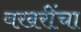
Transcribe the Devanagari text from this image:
बखरींचा